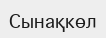
Сынақкөл